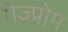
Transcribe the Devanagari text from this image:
गेज्प्रोम